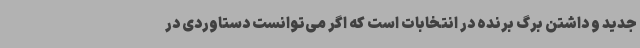
جدید و داشتن برگ برنده در انتخابات است که اگر می‌توانست دستاوردی در